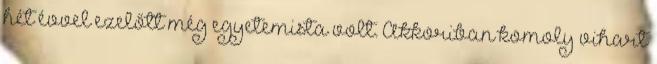
hét évvel ezelőtt még egyetemista volt. Akkoriban komoly vihart